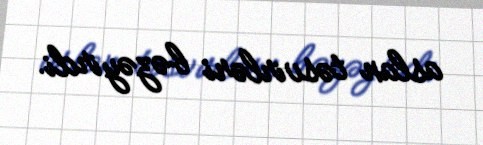
aslan təsvirləri bəzəyirdi.